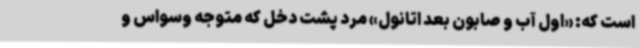
است که: «اول آب و صابون بعد اتانول» مرد پشت دخل که متوجه وسواس و